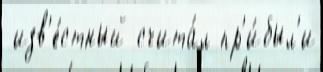
 изв'е́стный счита́л пр'и́был'и